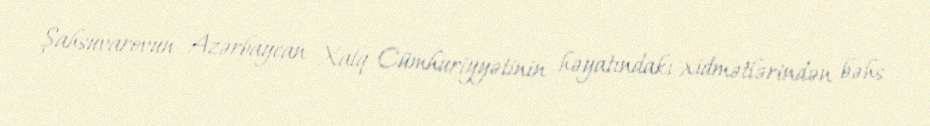
Şahsuvarovun Azərbaycan Xalq Cümhuriyyətinin həyatındakı xidmətlərindən bəhs